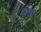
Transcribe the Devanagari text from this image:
ठौर।।